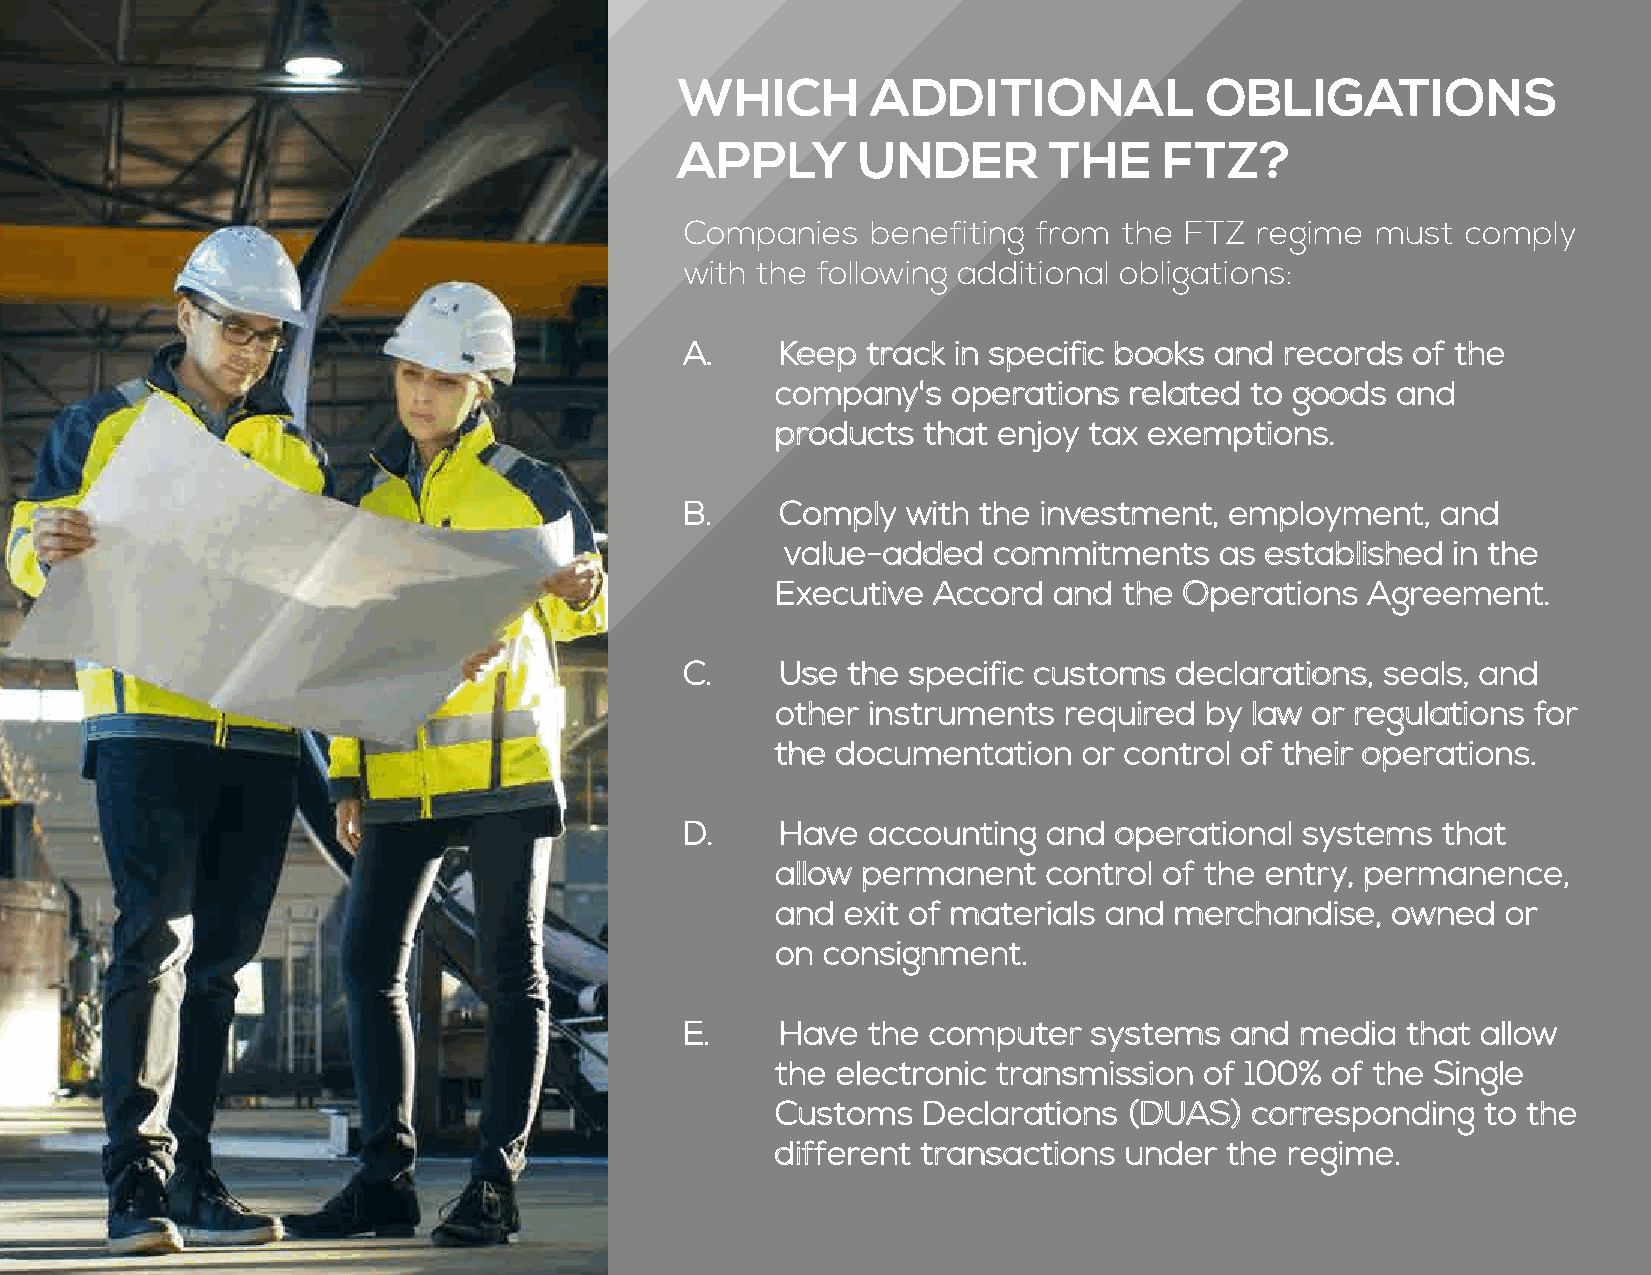
WHICH        ADDITIONAL            OBLIGATIONS
 APPLY       UNDER       THE     FTZ?
 Companies    benefiting from the FTZ  regime  must  comply
 with the following additional obligations:
 A.     Keep track in specific books and records of the
 company's   operations  related to goods and
 products  that enjoy tax exemptions.
 B.     Comply  with the investment, employment,   and
 value-added   commitments    as established in the
 Executive  Accord  and the Operations   Agreement.
 C.     Use the specific customs  declarations, seals, and
 other instruments  required  by law or regulations for
 the documentation    or control of their operations.
 D.     Have accounting  and  operational systems  that
 allow permanent   control of the entry, permanence,
 and  exit of materials and merchandise,  owned   or
 on consignment.
 E.     Have the computer   systems  and  media  that allow
 the electronic transmission  of 100% of the Single
 Customs   Declarations  (DUAS)  corresponding  to the
 different transactions under  the regime.